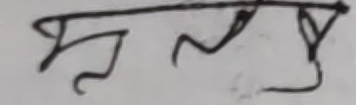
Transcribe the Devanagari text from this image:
मनुय